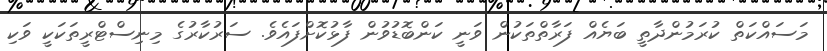
މަސައްކަތް ކުރަމުންދާތީ ބަޔެއް ފަރާތްތަކުން ވަނީ ކަންބޮޑުވުން ފާޅުކޮށްފައެވެ. ސަރުކާރުގެ މިނިސްޓްރީތަކަކީ ވަކި